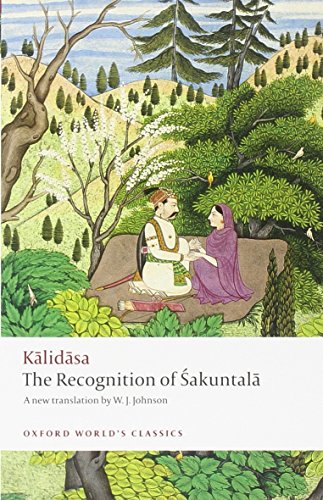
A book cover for The Recognition of Sakuntala: A Play In Seven Acts (Oxford World's Classics); Kalidasa; Literature & Fiction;